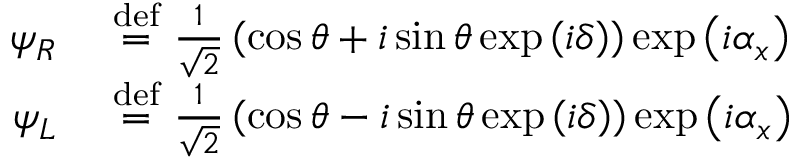
\begin{array} { r l } { \psi _ { R } ~ } & { { } { \stackrel { \mathrm { d e f } } { = } } ~ { \frac { 1 } { \sqrt { 2 } } } \left( \cos \theta + i \sin \theta \exp \left( i \delta \right) \right) \exp \left( i \alpha _ { x } \right) } \\ { \psi _ { L } ~ } & { { } { \stackrel { \mathrm { d e f } } { = } } ~ { \frac { 1 } { \sqrt { 2 } } } \left( \cos \theta - i \sin \theta \exp \left( i \delta \right) \right) \exp \left( i \alpha _ { x } \right) } \end{array}